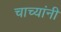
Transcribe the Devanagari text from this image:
चाच्यांनी